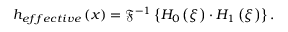
h _ { e f f e c t i v e } \left( x \right) = \mathfrak { F } ^ { - 1 } \left\{ H _ { 0 } \left( \xi \right) \cdot H _ { 1 } \left( \xi \right) \right\} .